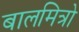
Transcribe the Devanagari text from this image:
बालमित्रो